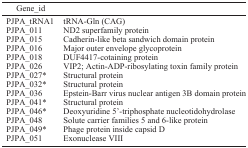
<table><thead><tr><td><b>Gene_id</b></td><td>[EMPTY_CELL]</td></tr></thead><tbody><tr><td>PJPA_tRNA1</td><td>tRNA-Gln (CAG)</td></tr><tr><td>PJPA_011</td><td>ND2 superfamily protein</td></tr><tr><td>PJPA_015</td><td>Cadherin-like beta sandwich domain protein</td></tr><tr><td>PJPA_016</td><td>Major outer envelope glycoprotein</td></tr><tr><td>PJPA_018</td><td>DUF4417-cotaining protein</td></tr><tr><td>PJPA_026</td><td>VIP2; Actin-ADP-ribosylating toxin family protein</td></tr><tr><td>PJPA_027*</td><td>Structural protein</td></tr><tr><td>PJPA_032*</td><td>Structural protein</td></tr><tr><td>PJPA_036</td><td>Epstein-Barr virus nuclear antigen 3B domain protein</td></tr><tr><td>PJPA_041*</td><td>Structural protein</td></tr><tr><td>PJPA_046*</td><td>Deoxyuridine 5′-triphosphate nucleotidohydrolase</td></tr><tr><td>PJPA_048</td><td>Solute carrier families 5 and 6-like protein</td></tr><tr><td>PJPA_049*</td><td>Phage protein inside capsid D</td></tr><tr><td>PJPA_051</td><td>Exonuclease VIII</td></tr></tbody></table>